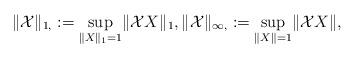
LaTeX: \begin{align*}\| \mathcal{X} \|_{1, } := \underset{\| X \|_{1} =1 }{\sup} \| \mathcal{X} X \|_{1}, \| \mathcal{X} \|_{\infty, } := \underset{\| X \| =1 }{\sup} \| \mathcal{X} X \|,\end{align*}